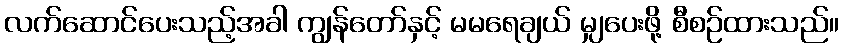
လက်ဆောင်ပေးသည့်အခါ ကျွန်တော်နှင့် မမရေချယ် မျှပေးဖို့ စီစဉ်ထားသည်။